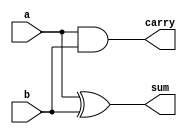
module half_adder (
    input wire a,
    input wire b,
    output wire sum,
    output wire carry
);
    assign sum = a ^ b; // Sum
    assign carry = a & b; // Carry
endmodule